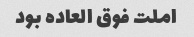
املت فوق العاده بود